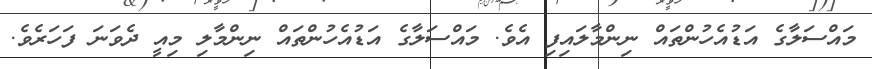
މައްސަލާގެ އަޑުއެހުންތައް ނިންމާލައިފި އެވެ. މައްސަލާގެ އަޑުއެހުންތައް ނިންމާލި މިއީ ދެވަނަ ފަހަރެވެ.